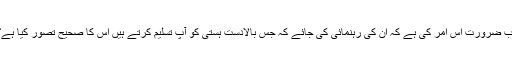
اب ضرورت اس امر کی ہے کہ ان کی رہنمائی کی جائے کہ جس بالادست ہستی کو آپ تسلیم کرتے ہیں اس کا صحیح تصور کیا ہے؟